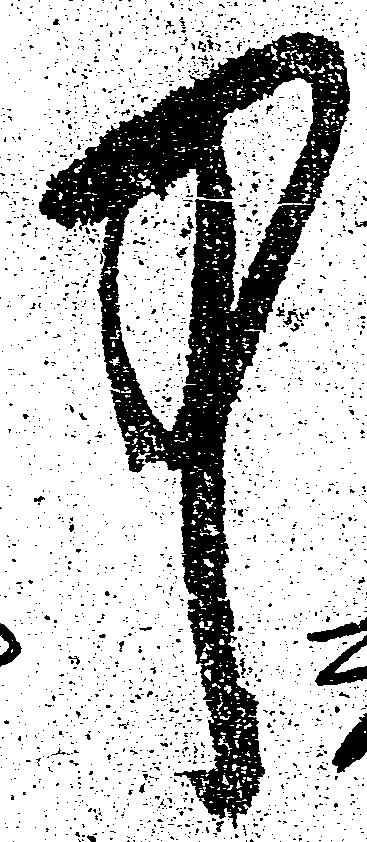
中